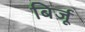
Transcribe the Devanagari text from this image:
बिर्जू